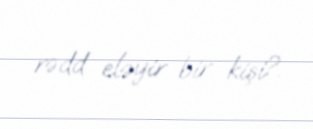
rədd eləyir bir kişi?.